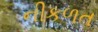
નીકળત